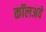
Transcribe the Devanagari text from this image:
कॉलअवे